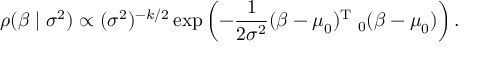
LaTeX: \rho ( { \boldsymbol { \beta } } \mid \sigma ^ { 2 } ) \propto ( \sigma ^ { 2 } ) ^ { - k / 2 } \exp \left( - { \frac { 1 } { 2 \sigma ^ { 2 } } } ( { \boldsymbol { \beta } } - { \boldsymbol { \mu } } _ { 0 } ) ^ { \mathrm { { T } } } \mathbf { \Lambda } _ { 0 } ( { \boldsymbol { \beta } } - { \boldsymbol { \mu } } _ { 0 } ) \right) .